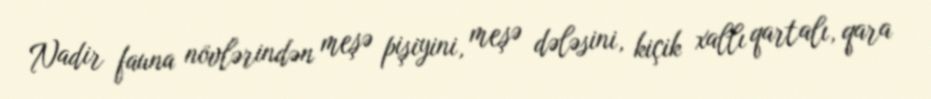
Nadir fauna növlərindən meşə pişiyini, meşə dələsini, kiçik xallı qartalı, qara